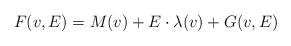
LaTeX: \begin{align*} F (v,E) = M(v) + E\cdot \lambda(v) + G(v,E)\end{align*}